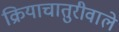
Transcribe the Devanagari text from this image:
क्रियाचातुरीवाले